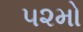
૫૨મો